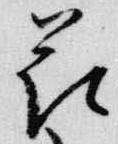
花